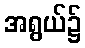
အရွယ်၌